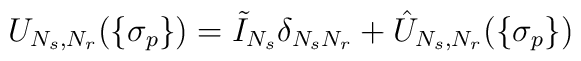
U_{N_s,N_r}(\{\sigma_p\})=\tilde I_{N_s}\delta_{N_sN_r}+\hat U_{N_s,N_r}(\{\sigma_p\})